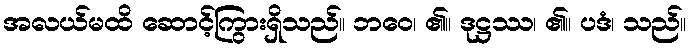
အလယ်မထိ ဆောင့်ကြွားရှိသည်။ ဘဝေ၊ ၏။ ဒုဋ္ဌဿ၊ ၏။ ပဒံ၊ သည်။